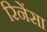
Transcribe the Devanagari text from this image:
रिनेंसा